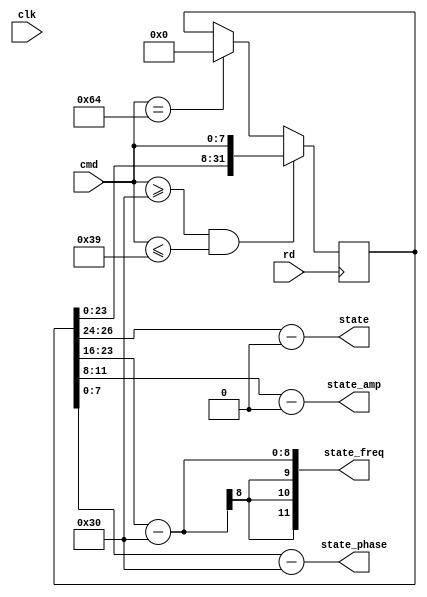
module state_sel (clk,
                  cmd,
                  rd,
                  state,
                  state_freq,
                  state_amp,
                  state_phase);
    input clk;
    input [7:0] cmd;
    input rd;
    output [2:0] state;
    output  [11:0] state_freq;
    output [3:0] state_amp;
    output [7:0] state_phase;
    
    parameter DEF_STATE = 5'd0;
    
    reg [1:0] cmd_state;
    reg [31:0] parse_buf;
    reg [31:0] parsed;
    
    wire shift_1s;
    
    initial begin
        parse_buf <= 32'd0;
    end
    
    assign state       = (parse_buf[31:24] - 8'd48);
    assign state_freq  = (parse_buf[23:16] - 8'd48);
    assign state_amp   = (parse_buf[15:8] - 8'd48);
    assign state_phase = (parse_buf[7:0] - 8'd48);
    
    
    always @(posedge rd) begin
        if (cmd >= "0" && cmd <= "9") begin
            parse_buf <= {parse_buf[23:0], cmd[7:0]};
        end
        else if (cmd == "d") begin
            parse_buf <= 32'd0;
        end
    end

    endmodule